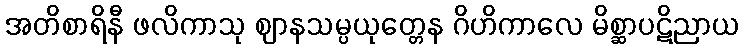
အတိစာရိနီ ဖလိကာသု ဈာနသမ္ပယုတ္တေန ဂိဟိကာလေ မိစ္ဆာပဋိညာယ